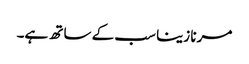
مرنا زینا سب کے ساتھ ہے۔